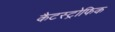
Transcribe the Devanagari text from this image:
कैटस्ट्रोफिक